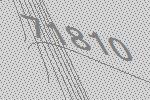
71810